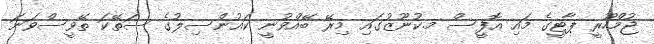
ޖުމްހޫރީ ޕާޓީގެ މައި އޮފީސް މ.ކުނޫޒުގައި މިރޭ ބޭއްވުނީ ކައުންސިލުގެ ސަތޭކަ ތޭވީސްވަނަ